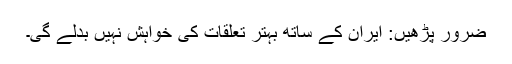
ضرور پڑھیں: ایران کے ساتھ بہتر تعلقات کی خواہش نہیں بدلے گی۔